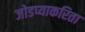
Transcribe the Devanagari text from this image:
जोडप्याकरिता